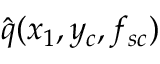
\hat { q } ( x _ { 1 } , y _ { c } , f _ { s c } )